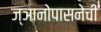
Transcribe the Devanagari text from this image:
ज्ञानोपासनेची